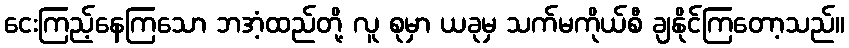
ငေးကြည့်နေကြသော ဘအံ့ထည်တို့ လူ စုမှာ ယခုမှ သက်မကိုယ်စီ ချနိုင်ကြတော့သည်။